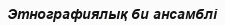
Этнографиялық би ансамблі